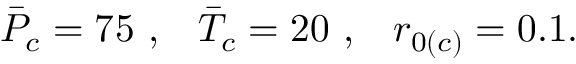
\Bar { P } _ { c } = 7 5 \, \, , \, \, \, \, \, \Bar { T } _ { c } = 2 0 \, \, , \, \, \, \, \, r _ { 0 ( c ) } = 0 . 1 .